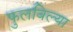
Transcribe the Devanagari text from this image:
फुलविल्या